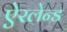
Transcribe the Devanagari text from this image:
ऐरलेन्ड